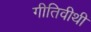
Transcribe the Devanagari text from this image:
गीतिवीथी